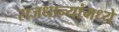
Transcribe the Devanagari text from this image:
राजधान्यांमध्ये